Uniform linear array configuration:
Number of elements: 4
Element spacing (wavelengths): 1
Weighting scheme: cosine
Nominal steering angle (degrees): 15
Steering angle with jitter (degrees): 15.565
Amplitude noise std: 0.05
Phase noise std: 0.05

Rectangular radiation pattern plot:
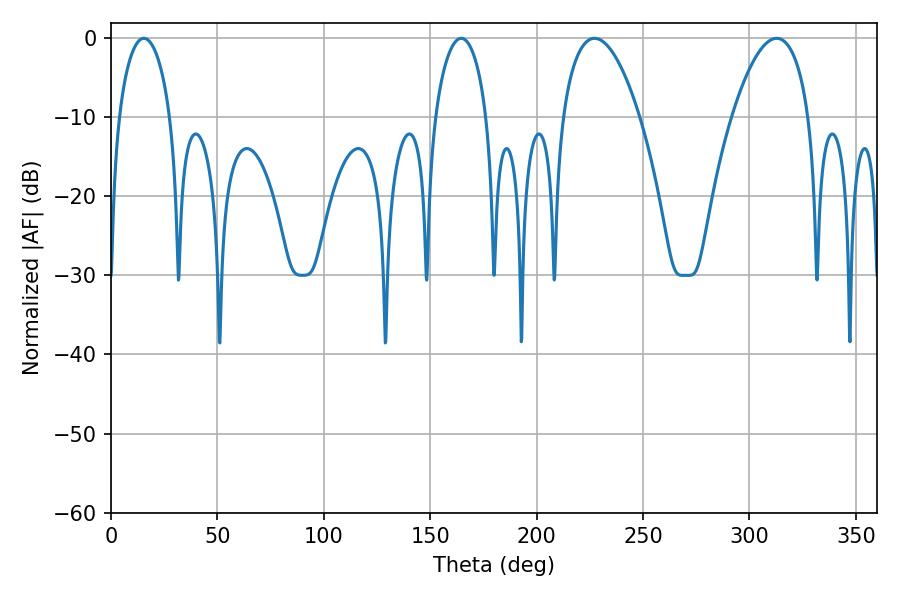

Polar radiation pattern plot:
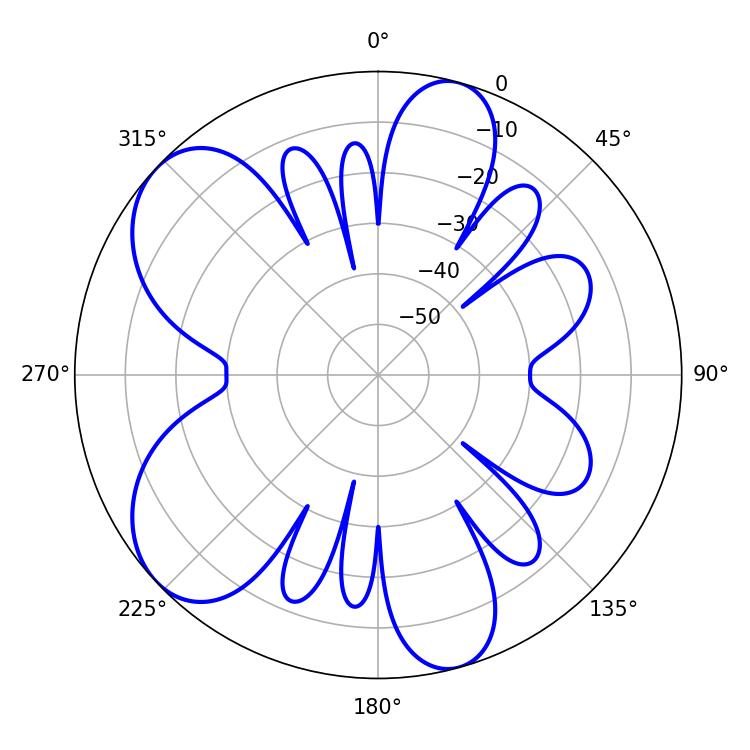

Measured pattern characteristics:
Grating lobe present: TRUE
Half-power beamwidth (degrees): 20.16
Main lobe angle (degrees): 227.16